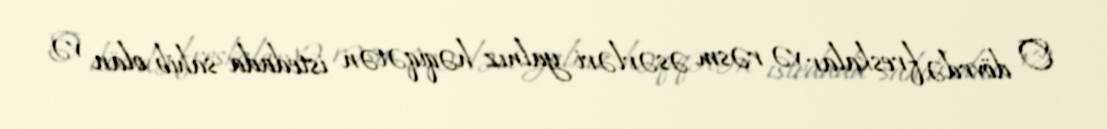
O dövrdə freskalar və rəsm əsərləri yalnız həqiqətən istedada sahib olan və